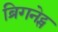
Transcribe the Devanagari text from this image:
ब्रिगनेट्स